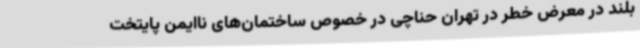
بلند در معرض خطر در تهران حناچی در خصوص ساختمان‌های ناایمن پایتخت